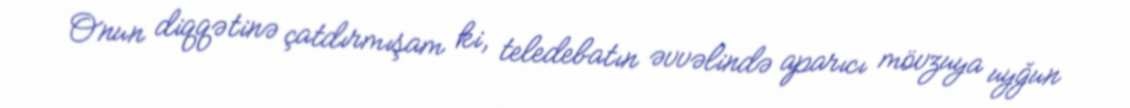
Onun diqqətinə çatdırmışam ki, teledebatın əvvəlində aparıcı mövzuya uyğun